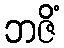
ဘဇိံ